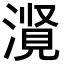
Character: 𪷃